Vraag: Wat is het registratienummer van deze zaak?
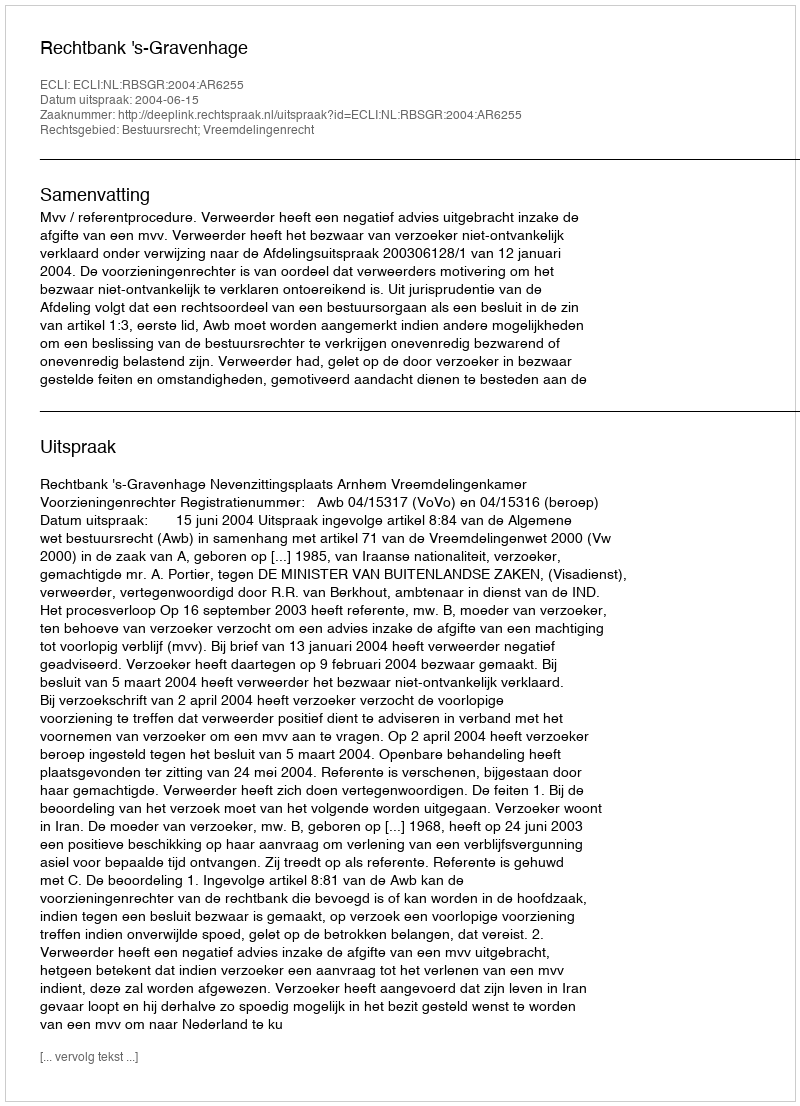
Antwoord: http://deeplink.rechtspraak.nl/uitspraak?id=ECLI:NL:RBSGR:2004:AR6255